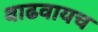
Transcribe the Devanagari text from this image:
वाढवायच